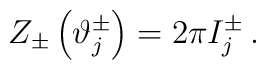
Z_{\pm }\left( \vartheta _{j}^{\pm }\right) =2\pi I_{j}^{\pm }\, .